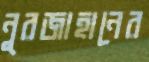
নুরজাহানের